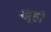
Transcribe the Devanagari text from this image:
खूही